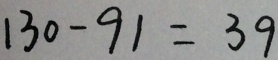
1 3 0 - 9 1 = 3 9